Document type: Sale
Year: 1354
Scribe: Bernat de Torre
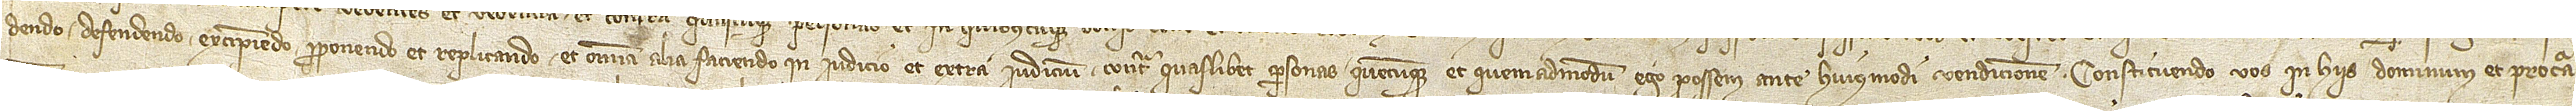
dendo, defendendo, excipiendo, proponendo et replicando et omnia alia faciendo, in iudicio et extra iudicium, contra quaslibet personas quecumque et quemadmodum ego possem ante huiusmodi vendicionem, constituendo vos in hiis dominum et procura-